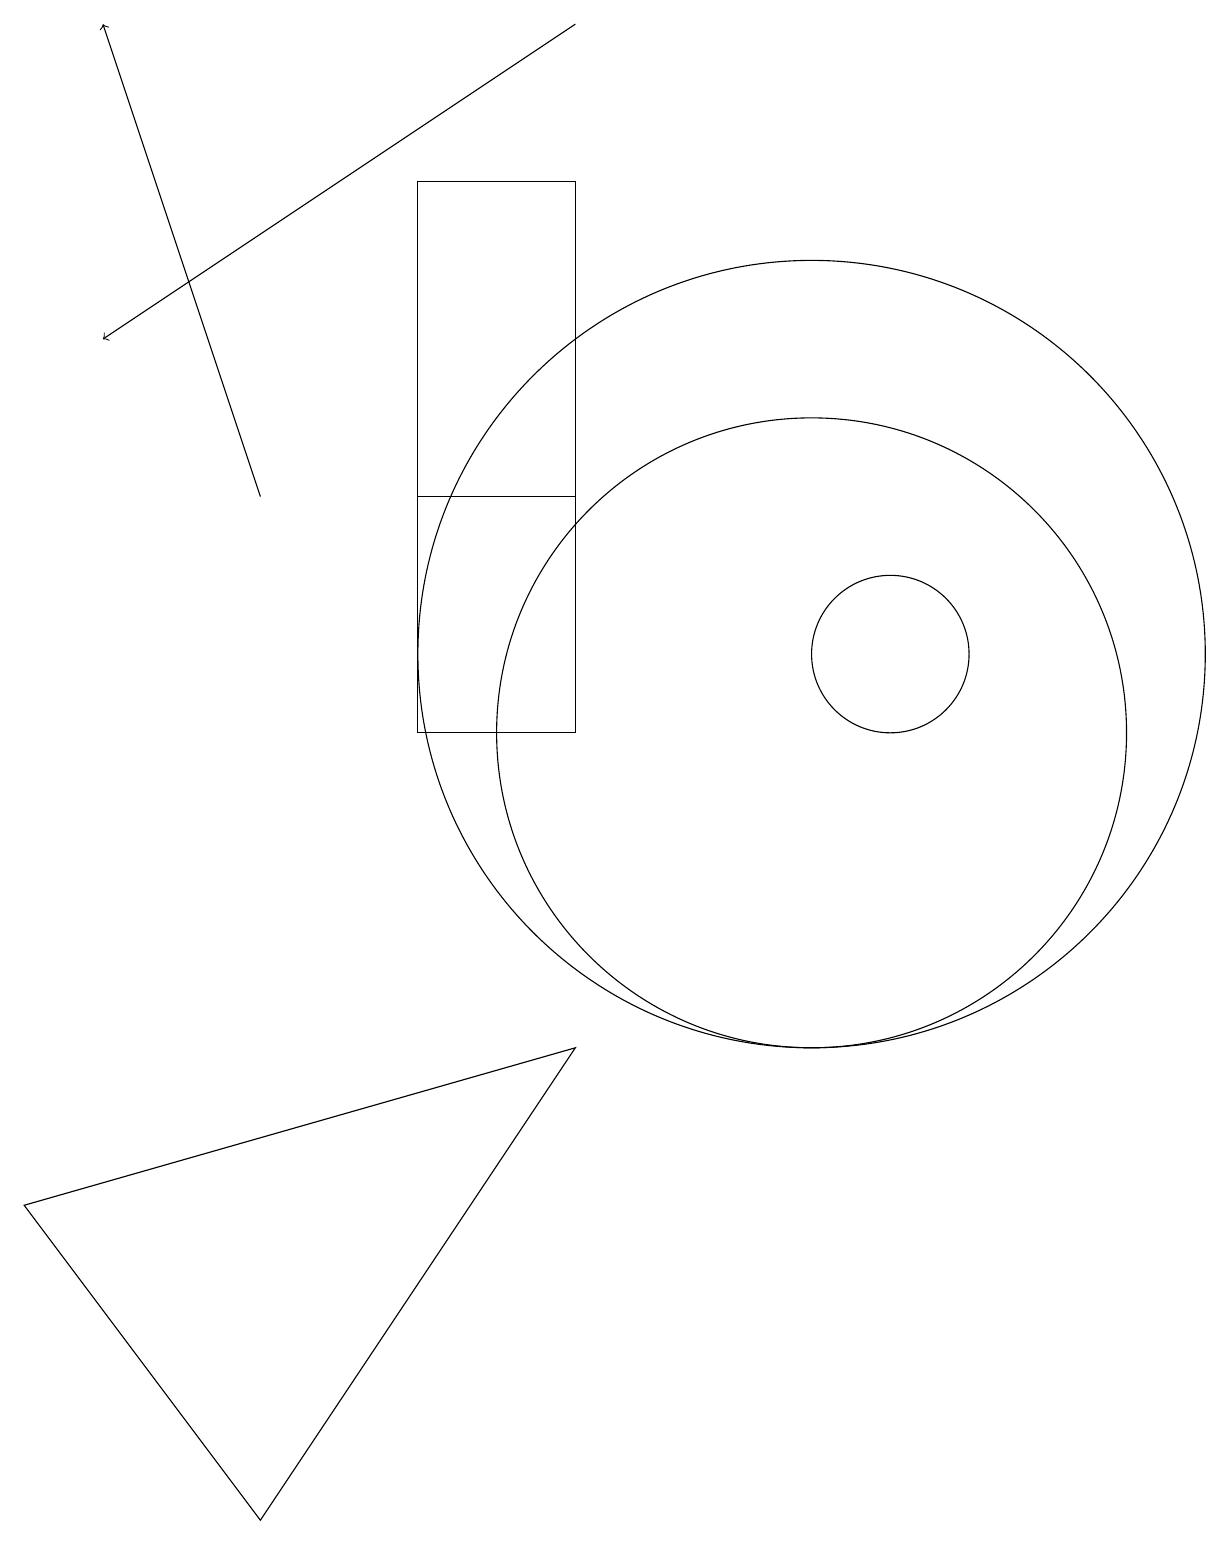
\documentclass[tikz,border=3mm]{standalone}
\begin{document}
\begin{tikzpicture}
\draw[->] (7,19) -- (1,15);
\draw (7,13) rectangle (5,13);
\draw (11,11) circle (1);
\draw (10,10) circle (4);
\draw (5,17) rectangle (7,10);
\draw (10,11) circle (5);
\draw[->] (3,13) -- (1,19);
\draw (0,4) -- (7,6) -- (3,0) -- cycle;
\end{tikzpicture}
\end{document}